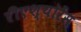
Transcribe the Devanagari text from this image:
रीएश्योरेंस